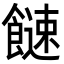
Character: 𩞍